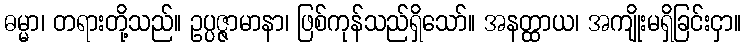
ဓမ္မာ၊ တရားတို့သည်။ ဥပ္ပဇ္ဇာမာနာ၊ ဖြစ်ကုန်သည်ရှိသော်။ အနတ္ထာယ၊ အကျိုးမရှိခြင်းငှာ။